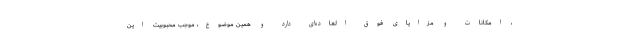
، امکانات و مزایای فوق العاده‌ای دارد و همین موضوع، موجب محبوبیت این